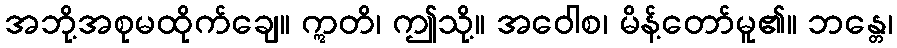
အဘို့အစုမထိုက်ချေ။ ဣတိ၊ ဤသို့။ အဝေါစ၊ မိန့်တော်မူ၏။ ဘန္တေ၊